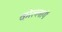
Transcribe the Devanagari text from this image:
कोल्लागें